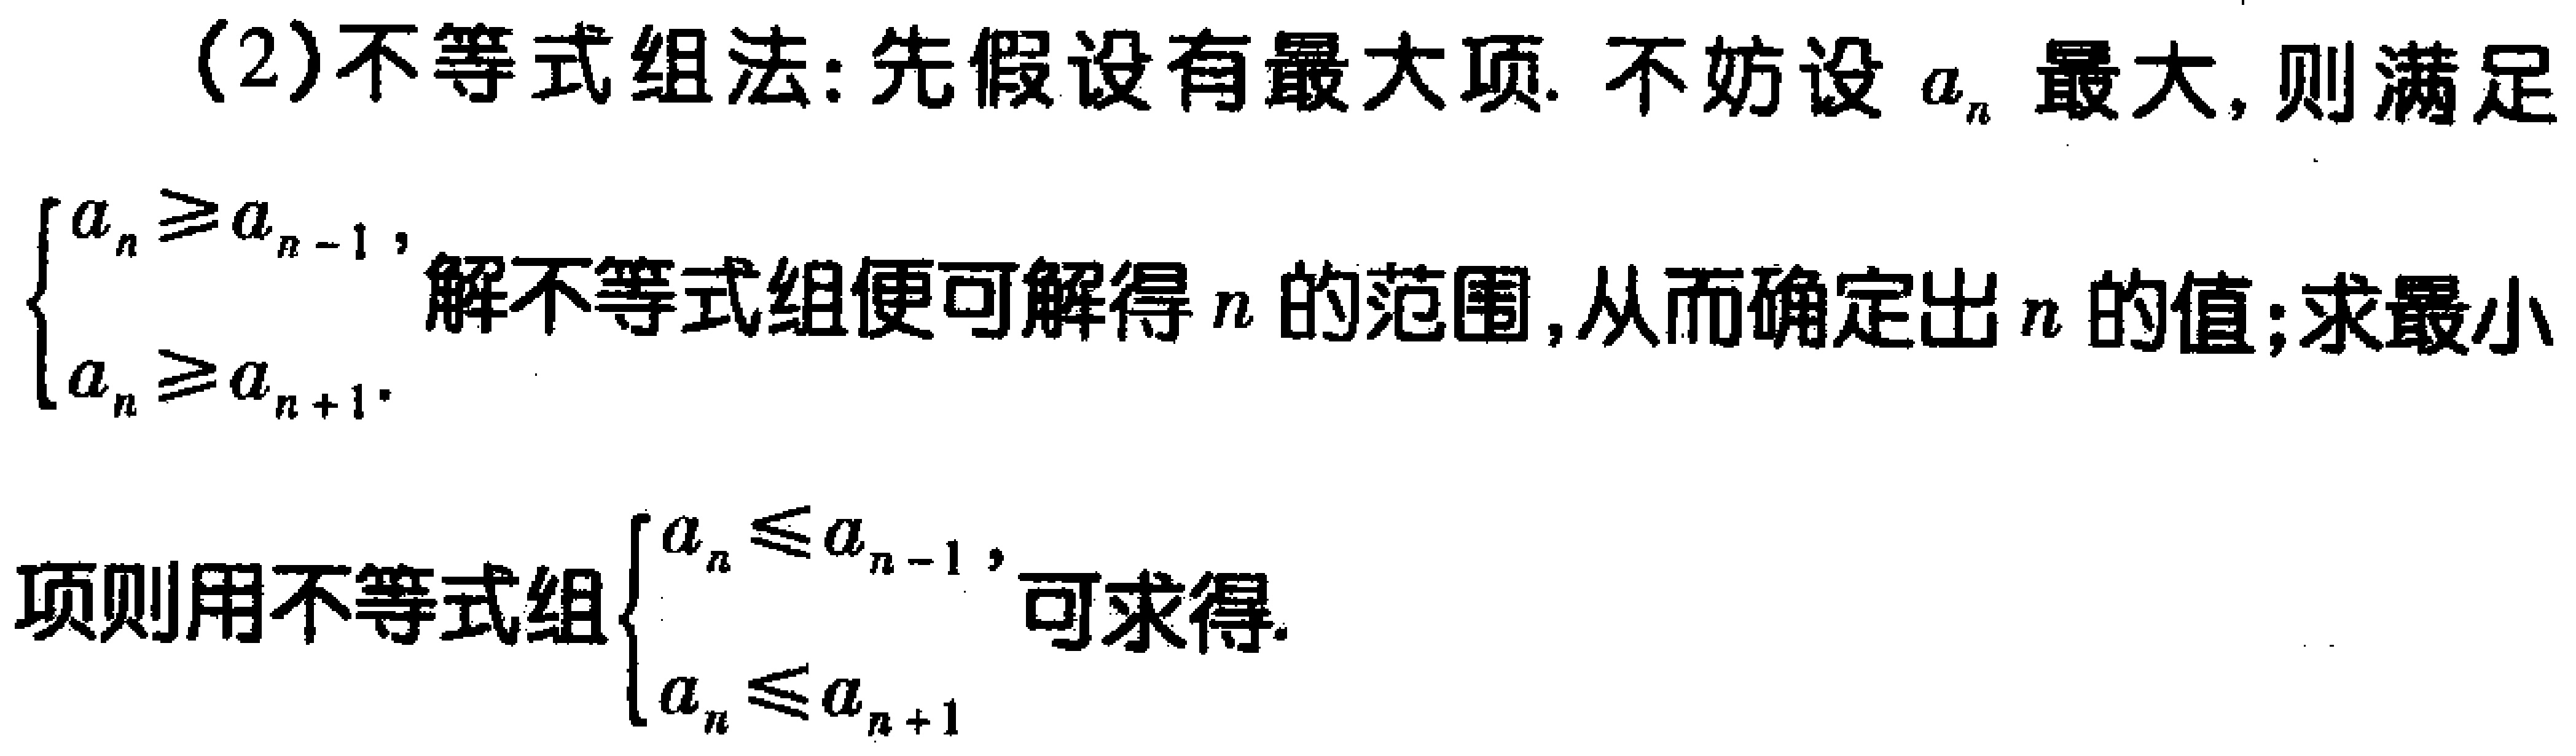
(2)不等式组法: 先假设有最大项. 不妨设\(a_{n}\)最大, 则满足
\(\begin{cases}
a_{n}\geq a_{n - 1},\\
a_{n}\geq a_{n + 1}.
\end{cases}\)
解不等式组便可解得\(n\)的范围, 从而确定出\(n\)的值; 求最小
项则用不等式组\(\begin{cases}
a_{n}\leq a_{n - 1},\\
a_{n}\leq a_{n + 1}
\end{cases}\)可求得.